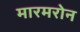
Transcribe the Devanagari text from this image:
मारमरोन